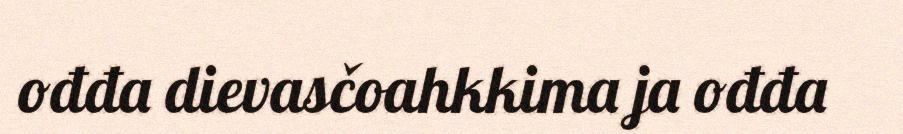
ođđa dievasčoahkkima ja ođđa